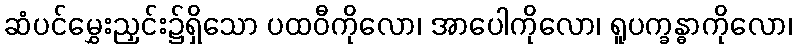
ဆံပင်မွှေးညှင်း၌ရှိသော ပထဝီကိုလော၊ အာပေါကိုလော၊ ရူပက္ခန္ဓာကိုလော၊